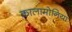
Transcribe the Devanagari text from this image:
कालामोनिया